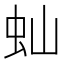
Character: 𬟴